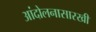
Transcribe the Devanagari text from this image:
आंदोलनासारखी